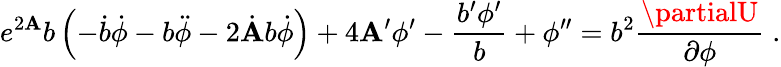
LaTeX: e^{2\mathbf{A}}b\left(-\dot{{b}}\dot{{\phi}}-b\ddot{{\phi}}-2\dot{{\mathbf{A}}}b\dot{{\phi}}\right)+4\mathbf{A}^{\prime}\phi^{\prime}-\frac{{b^{\prime}\phi^{\prime}}}{{b}}+\phi^{\prime\prime}=b^{2}\frac{{\partialU}}{{\partial\phi}}\; .